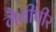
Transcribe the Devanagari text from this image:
गैबीपीर